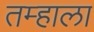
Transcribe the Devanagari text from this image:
तम्हाला